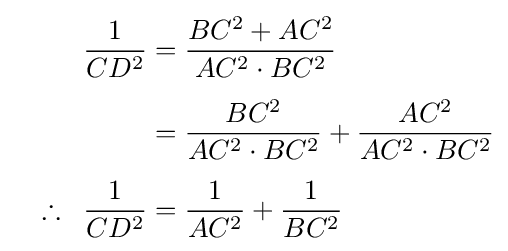
{\begin{aligned}{\frac {1}{CD^{2}}}&={\frac {BC^{2}+AC^{2}}{AC^{2}\cdot BC^{2}}}\\[4pt]&={\frac {BC^{2}}{AC^{2}\cdot BC^{2}}}+{\frac {AC^{2}}{AC^{2}\cdot BC^{2}}}\\[4pt]\quad \therefore \;\;{\frac {1}{CD^{2}}}&={\frac {1}{AC^{2}}}+{\frac {1}{BC^{2}}}\end{aligned}}